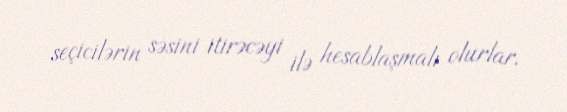
seçicilərin səsini itirəcəyi ilə hesablaşmalı olurlar.